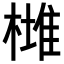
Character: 𣙯